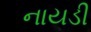
નાયડી